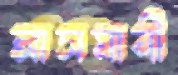
আসমানী